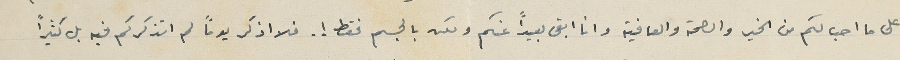
على ما احب لكم من الخير والصحة والعافية وانا ابقى بعيداً عنكم ولكن بالجسم فقط ! . فلا اذكر يوماً لم اتذكركم فيه بل كثيرًا